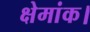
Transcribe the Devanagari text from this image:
क्षेमांक।